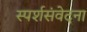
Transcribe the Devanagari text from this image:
स्पर्शसंवेदना